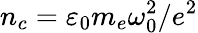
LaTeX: n_{c}=\varepsilon_{0}m_{e}\omega_{0}^{2}/e^{2}